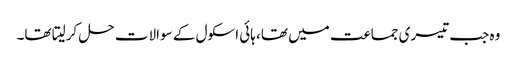
وہ جب تیسری جماعت میں تھا، ہائی اسکول کے سوالات حل کرلیتا تھا۔